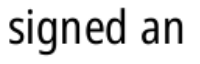
signed an